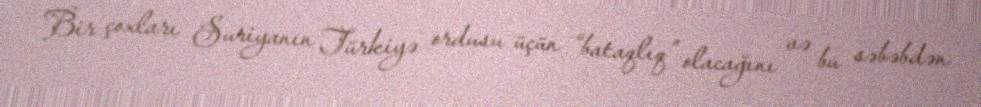
Bir çoxları Suriyanın Türkiyə ordusu üçün “bataqlıq” olacağını və bu səbəbdən